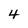
Character: 4